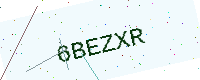
Text: 6BEZXR